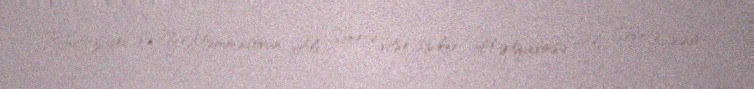
R.Qazıyev və Y.Məmmədovun Ali Sovetə vitse-spiker, H.Əliyevinsə Ali Sovetə sədr